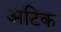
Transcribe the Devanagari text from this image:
अटिक